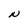
Character: N